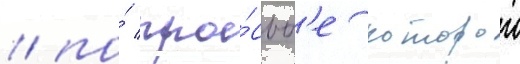
/ по́ про́сьб'е которои